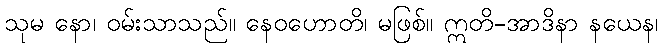
သုမ နော၊ ဝမ်းသာသည်။ နေဝဟောတိ၊ မဖြစ်။ ဣတိ-အာဒိနာ နယေန၊